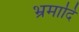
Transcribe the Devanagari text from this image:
भ्रमादि